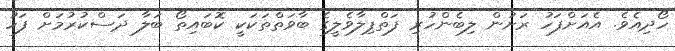
ހޯދިއެވެ. އެއަށްފަހު ރަށުން ލިބެންހުރި ފަތްޕިލާވެލީގެ ބާވަތްތަކަކީ ކޮބައިތޯ ބަލާ ދަސްކުރުމަށް ފަހު